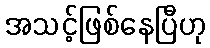
အသင့်ဖြစ်နေပြီဟု